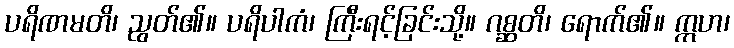
ပရိဏမတိ၊ ညွတ်၏။ ပရိပါကံ၊ ကြီးရင့်ခြင်းသို့။ ဂစ္ဆတိ၊ ရောက်၏။ ဣဟ၊